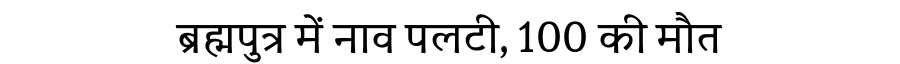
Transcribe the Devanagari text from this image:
ब्रह्मपुत्र में नाव पलटी, 100 की मौत